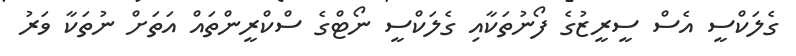
ގެލަކްސީ އެސް ސީރީޒުގެ ފޯނުތަކާއި ގެލަކްސީ ނޯޓްގެ ސްކްރީންތައް އަތަށް ނުތަކާ ވަރު